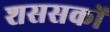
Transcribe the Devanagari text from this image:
शससकों